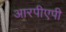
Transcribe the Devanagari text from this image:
आरपीएपी